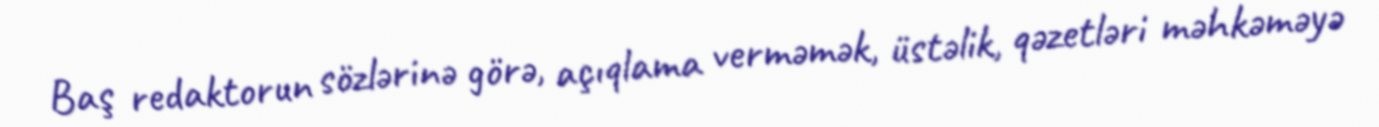
Baş redaktorun sözlərinə görə, açıqlama verməmək, üstəlik, qəzetləri məhkəməyə